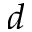
d